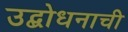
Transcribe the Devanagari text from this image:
उद्बोधनाची